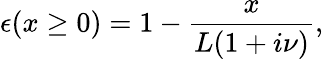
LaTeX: \epsilon(x\ge 0)=1-\frac{x}{L(1+i\nu)},